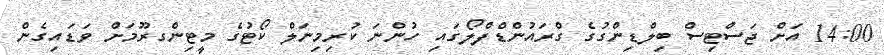
14:00 އަށް ޖަސްޓިސް ބިލްޑިންގުގެ ގްރައުންޑްފްލޯގައި ހުންނަ ކުރިމިނަލް ކޯޓުގެ މީޓިންގރޫމަށް ވަޑައިގެން